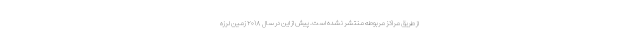
از طریق مراکز مربوطه منتشر نشده است. پیش از این در سال ۲۰۱۸ زمین لرزه